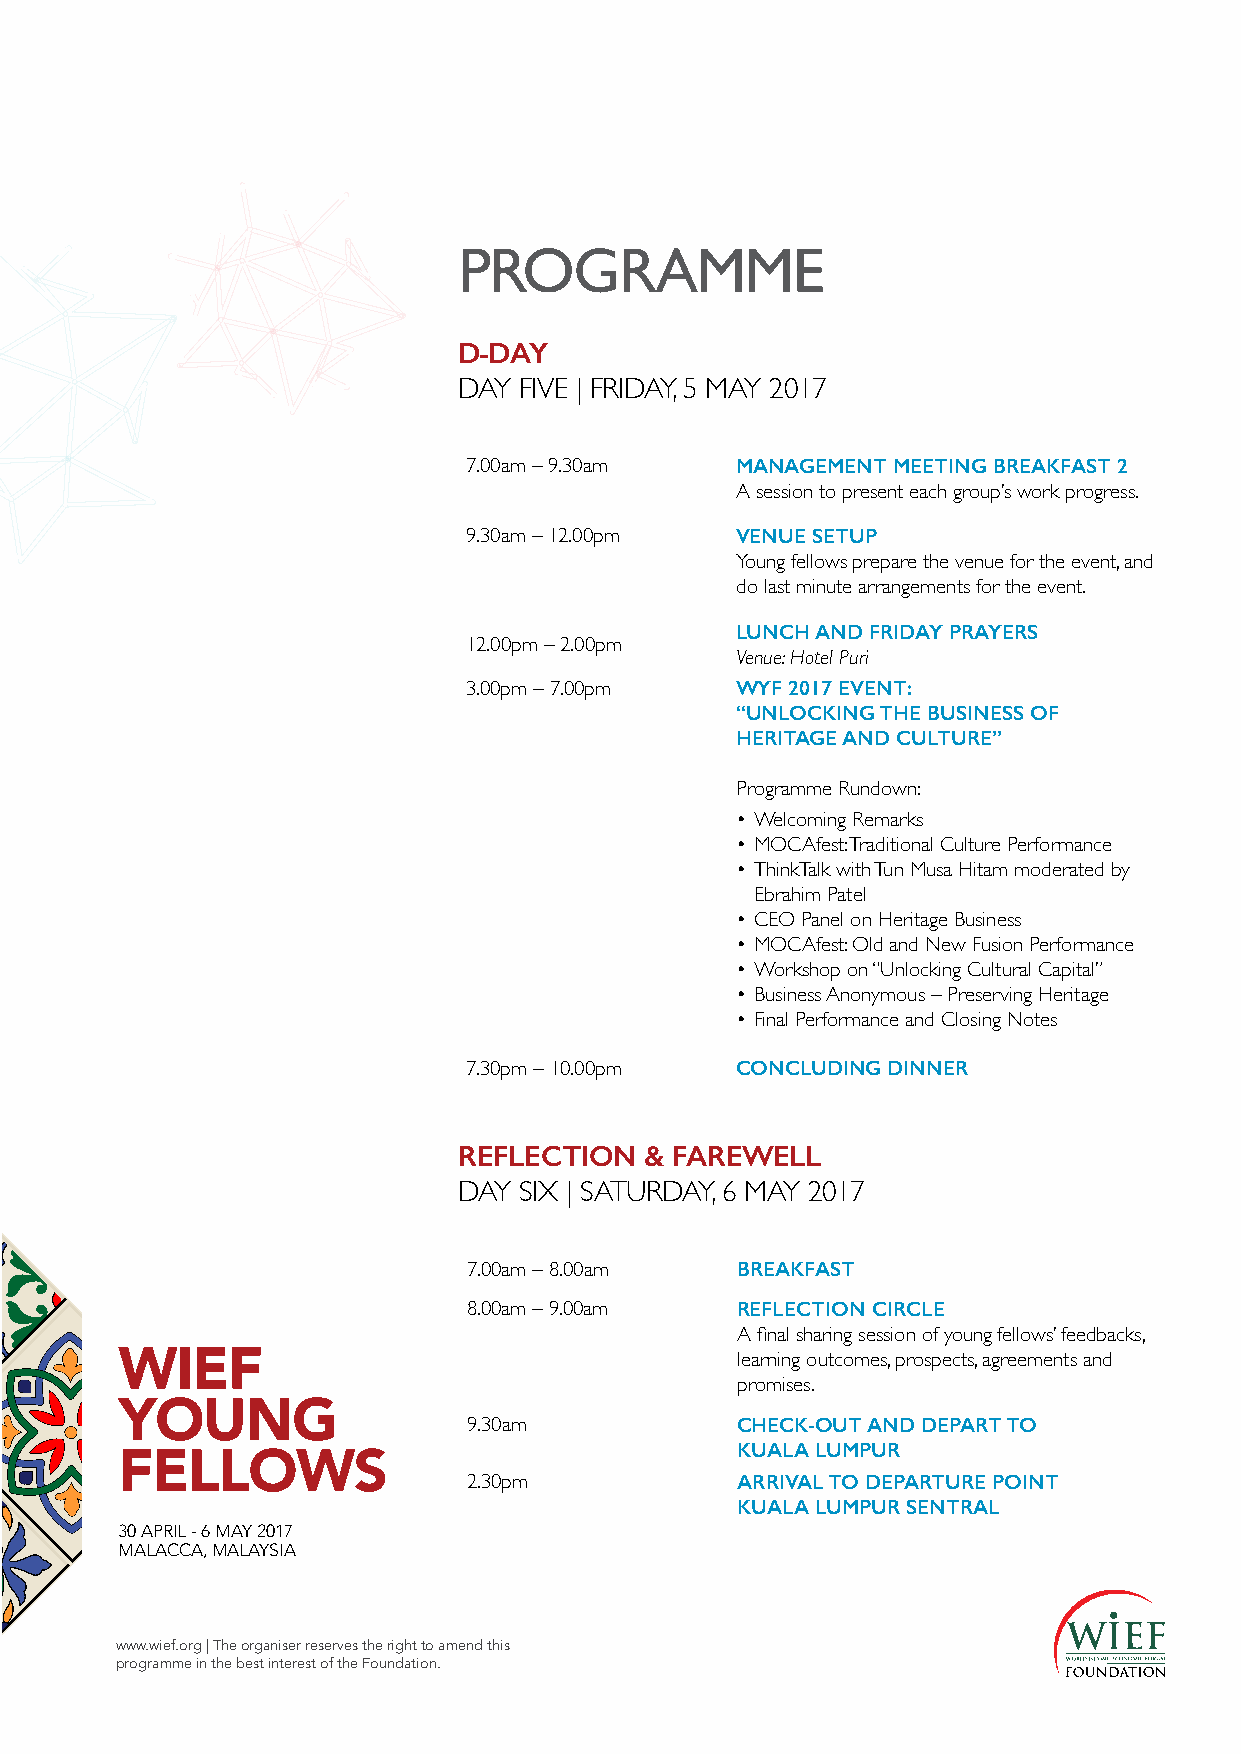
PROGRAMME
 D-DAY
 DAY FIVE | FRIDAY, 5 MAY 2017
 7.00am – 9.30am   MANAGEMENT MEETING BREAKFAST 2
 A session to present each group’s work progress.
 9.30am – 12.00pm  VENUE SETUP
 Young fellows prepare the venue for the event, and
 do last minute arrangements for the event.
 LUNCH AND FRIDAY PRAYERS
 12.00pm – 2.00pm
 Venue: Hotel Puri
 3.00pm – 7.00pm   WYF 2017 EVENT:
 “UNLOCKING THE BUSINESS OF
 HERITAGE AND CULTURE”
 Programme Rundown:
 • Welcoming Remarks
 • MOCAfest: Traditional Culture Performance
 • ThinkTalk with Tun Musa Hitam moderated by
 Ebrahim Patel
 • CEO Panel on Heritage Business
 • MOCAfest: Old and New Fusion Performance
 • Workshop on “Unlocking Cultural Capital”
 • Business Anonymous – Preserving Heritage
 • Final Performance and Closing Notes
 7.30pm – 10.00pm  CONCLUDING DINNER
 REFLECTION   & FAREWELL
 DAY SIX | SATURDAY, 6 MAY 2017
 7.00am – 8.00am   BREAKFAST
 8.00am – 9.00am   REFLECTION CIRCLE
 A final sharing session of young fellows’ feedbacks,
 WIEF
 learning outcomes, prospects, agreements and
 promises.
 YOUNG
 9.30am            CHECK-OUT AND DEPART TO
 FELLOWS                                  KUALA LUMPUR
 2.30pm            ARRIVAL TO DEPARTURE POINT
 KUALA LUMPUR SENTRAL
 30 APRIL - 6 MAY 2017
 MALACCA, MALAYSIA
 www.wief.org | The organiser reserves the right to amend this
 programme in the best interest of the Foundation.